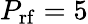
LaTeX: P_{\mathrm{rf}}=5